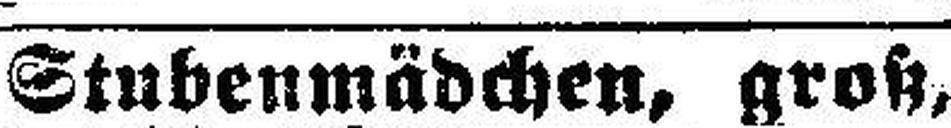
Stubenmädchen, groß,